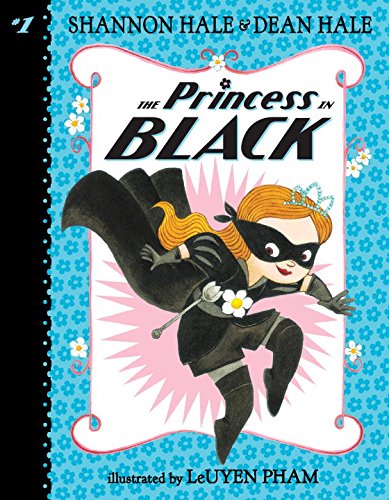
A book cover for The Princess in Black; Shannon Hale; Children's Books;